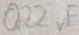
Text: 0,22µF